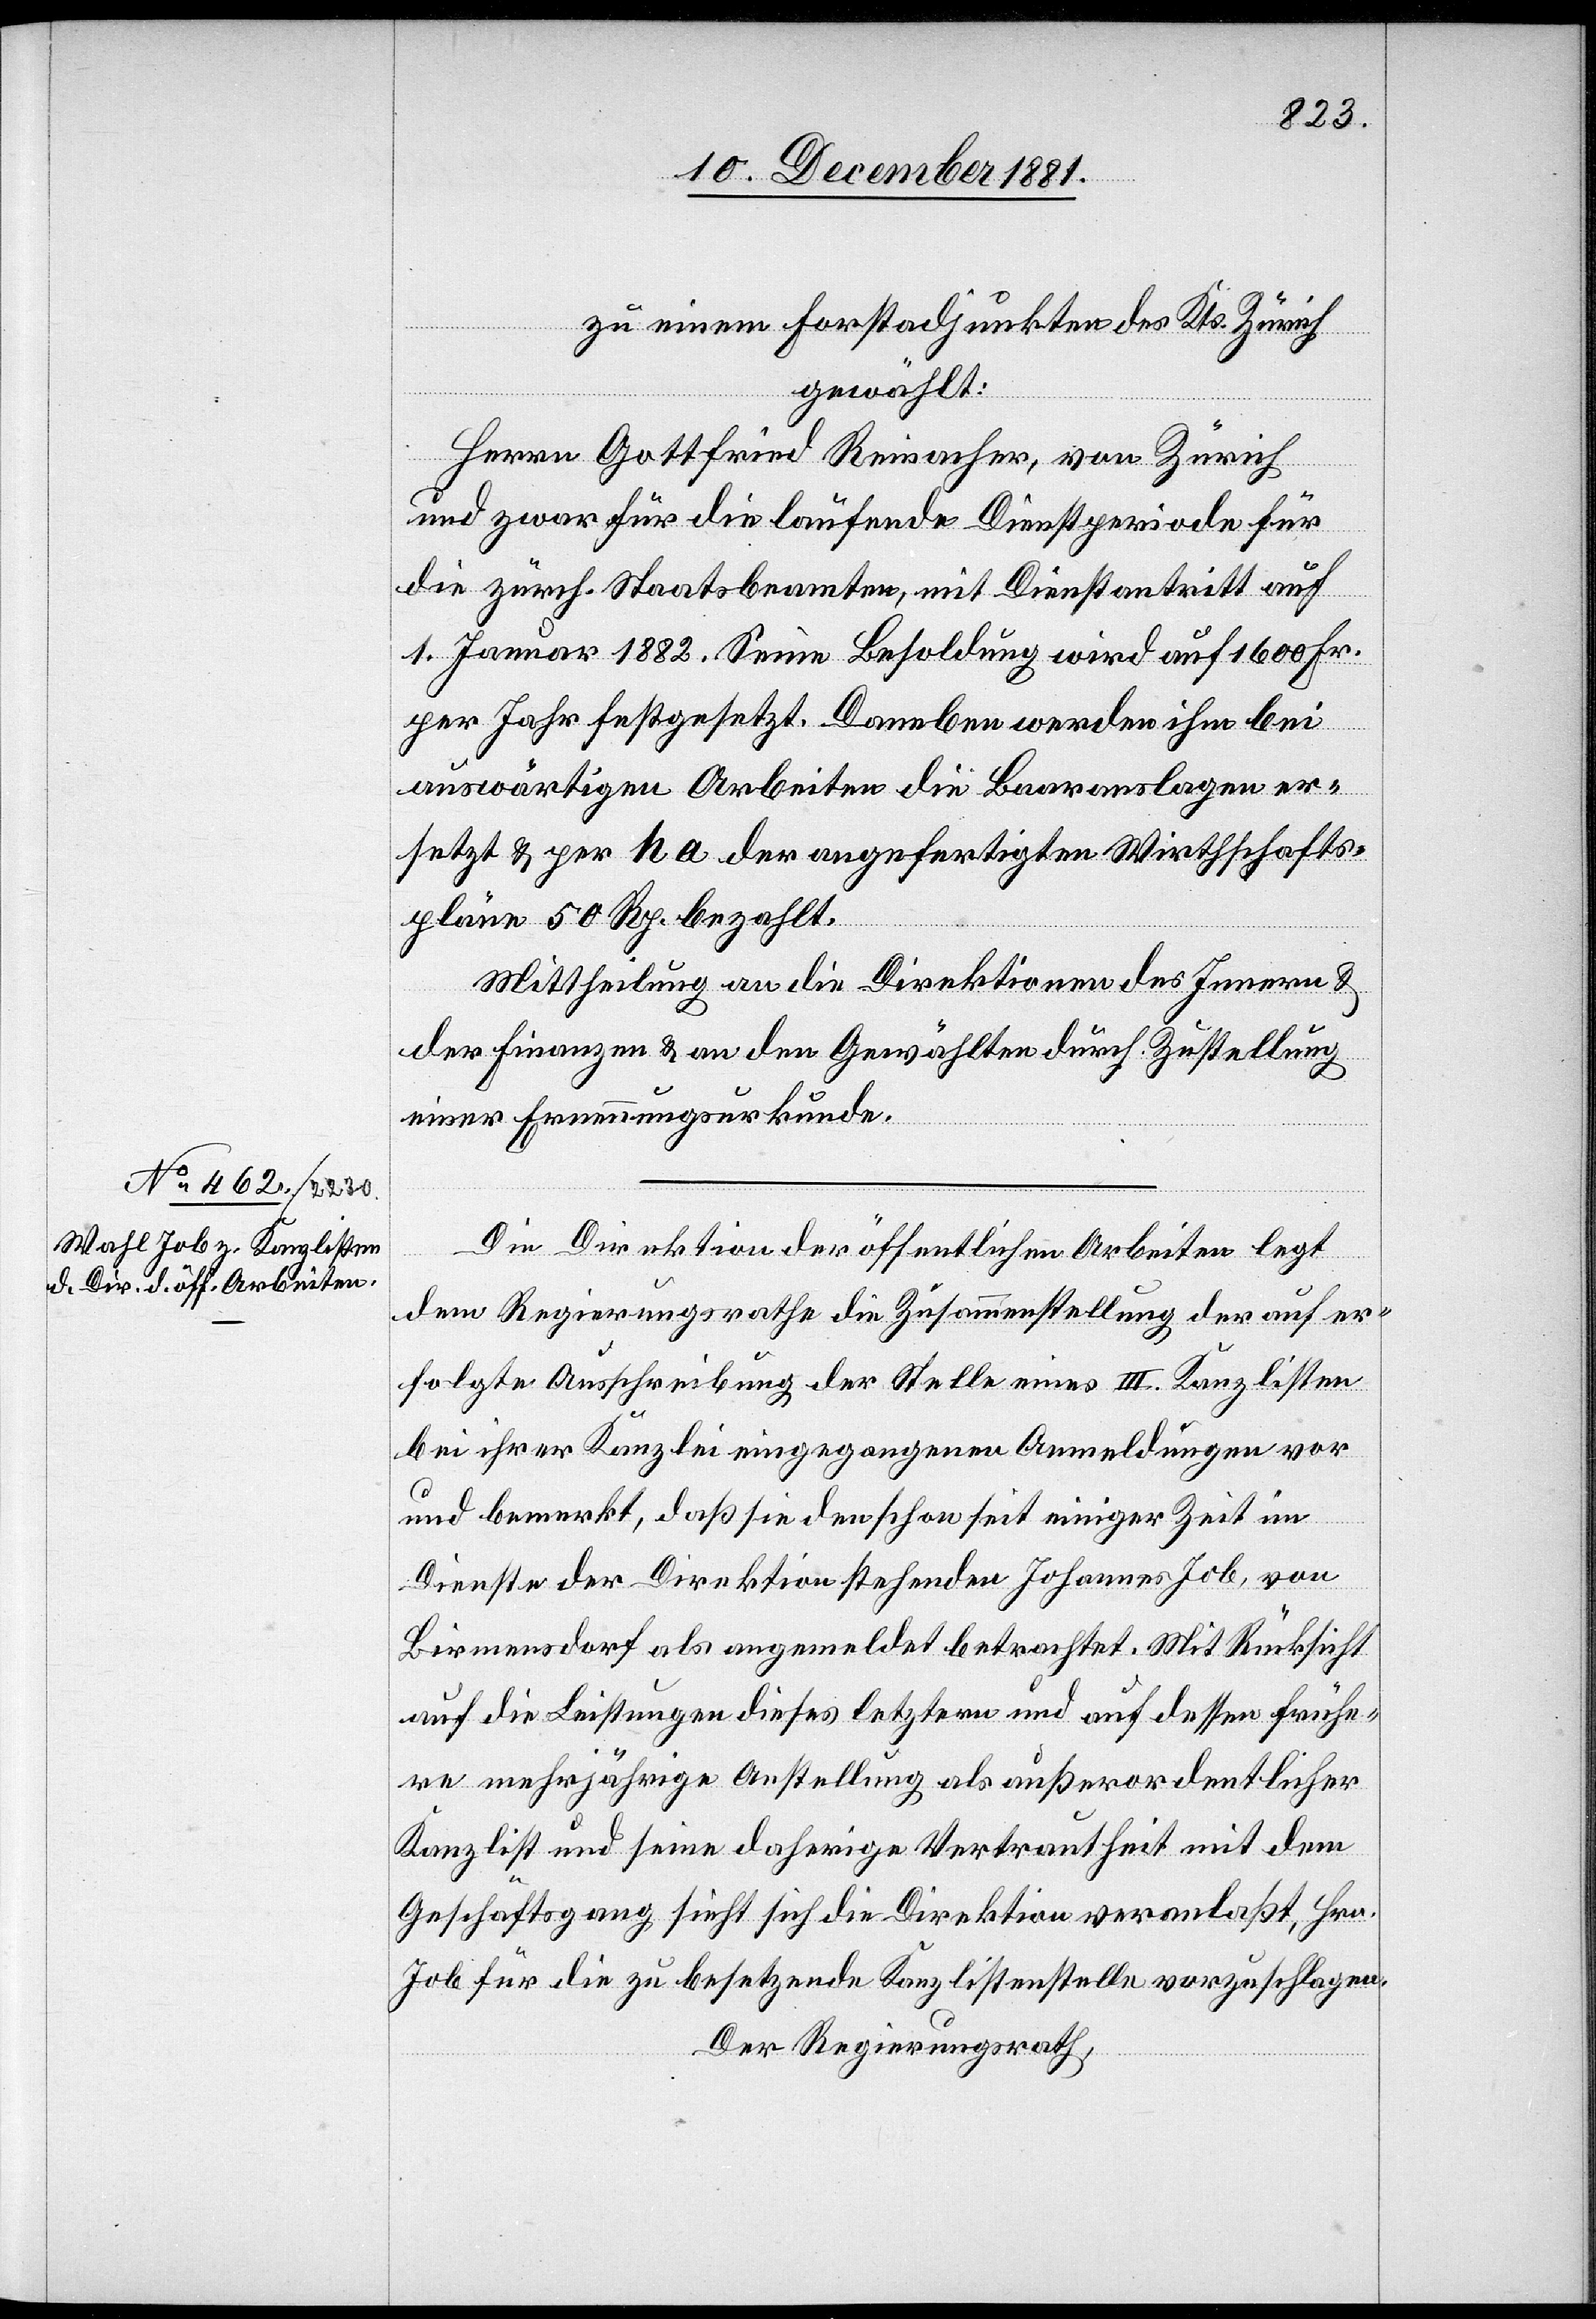
zu einem Forstadjunkten des Kts. Zürich
gewählt:
Herrn Gottfried Reinacher, von Zürich
und zwar für die laufende Dienstperiode für
die zürch. Staatsbeamten, mit Dienstantritt auf
1. Januar 1882. Seine Besoldung wird auf 1600 Fr.
per Jahr festgesetzt. Daneben werden ihm bei
auswärtigen Arbeiten die Baarauslagen er¬
setzt & per ha der angefertigten Wirtschafts¬
pläne 50 Rp. bezahlt.
Mittheilung an die Direktionen des Innern &
der Finanzen & an den Gewählten durch Zustellung
einer Ernennungsurkunde.
Die Direktion der öffentlichen Arbeiten legt
dem Regierungsrathe die Zusammenstellung der auf er¬
folgte Ausschreibung der Stelle eines III. Kanzlisten
bei ihrer Kanzlei eingegangenen Anmeldungen vor
und bemerkt, daß sie den schon seit einiger Zeit im
Dienste der Direktion stehenden Johannes Job, von
Birmensdorf als angemeldet betrachtet. Mit Rücksicht
auf die Leistungen dieses letztern und auf dessen frühe¬
re mehrjährige Anstellung als außerordentlicher
Kanzlist und seine daherige Vertrautheit mit dem
Geschäftsgang sieht sich die Direktion veranlaßt, Hrn.
Job für die zu besetzende Kanzlistenstelle vorzuschlagen.
Der Regierungsrath,